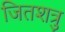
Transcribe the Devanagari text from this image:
जितशत्रु